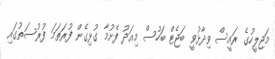
މަޖިލީހުގެ ރައީސް ވިދާޅުވީ ބަޖެޓް ބަހުސް މިއަދު ފެށުމާ ގުޅިގެން ފުރަތަމަ ފުރުސަތުގައި